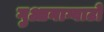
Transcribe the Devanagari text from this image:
गुआनाग्वाटो